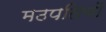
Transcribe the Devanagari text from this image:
मठपतियों